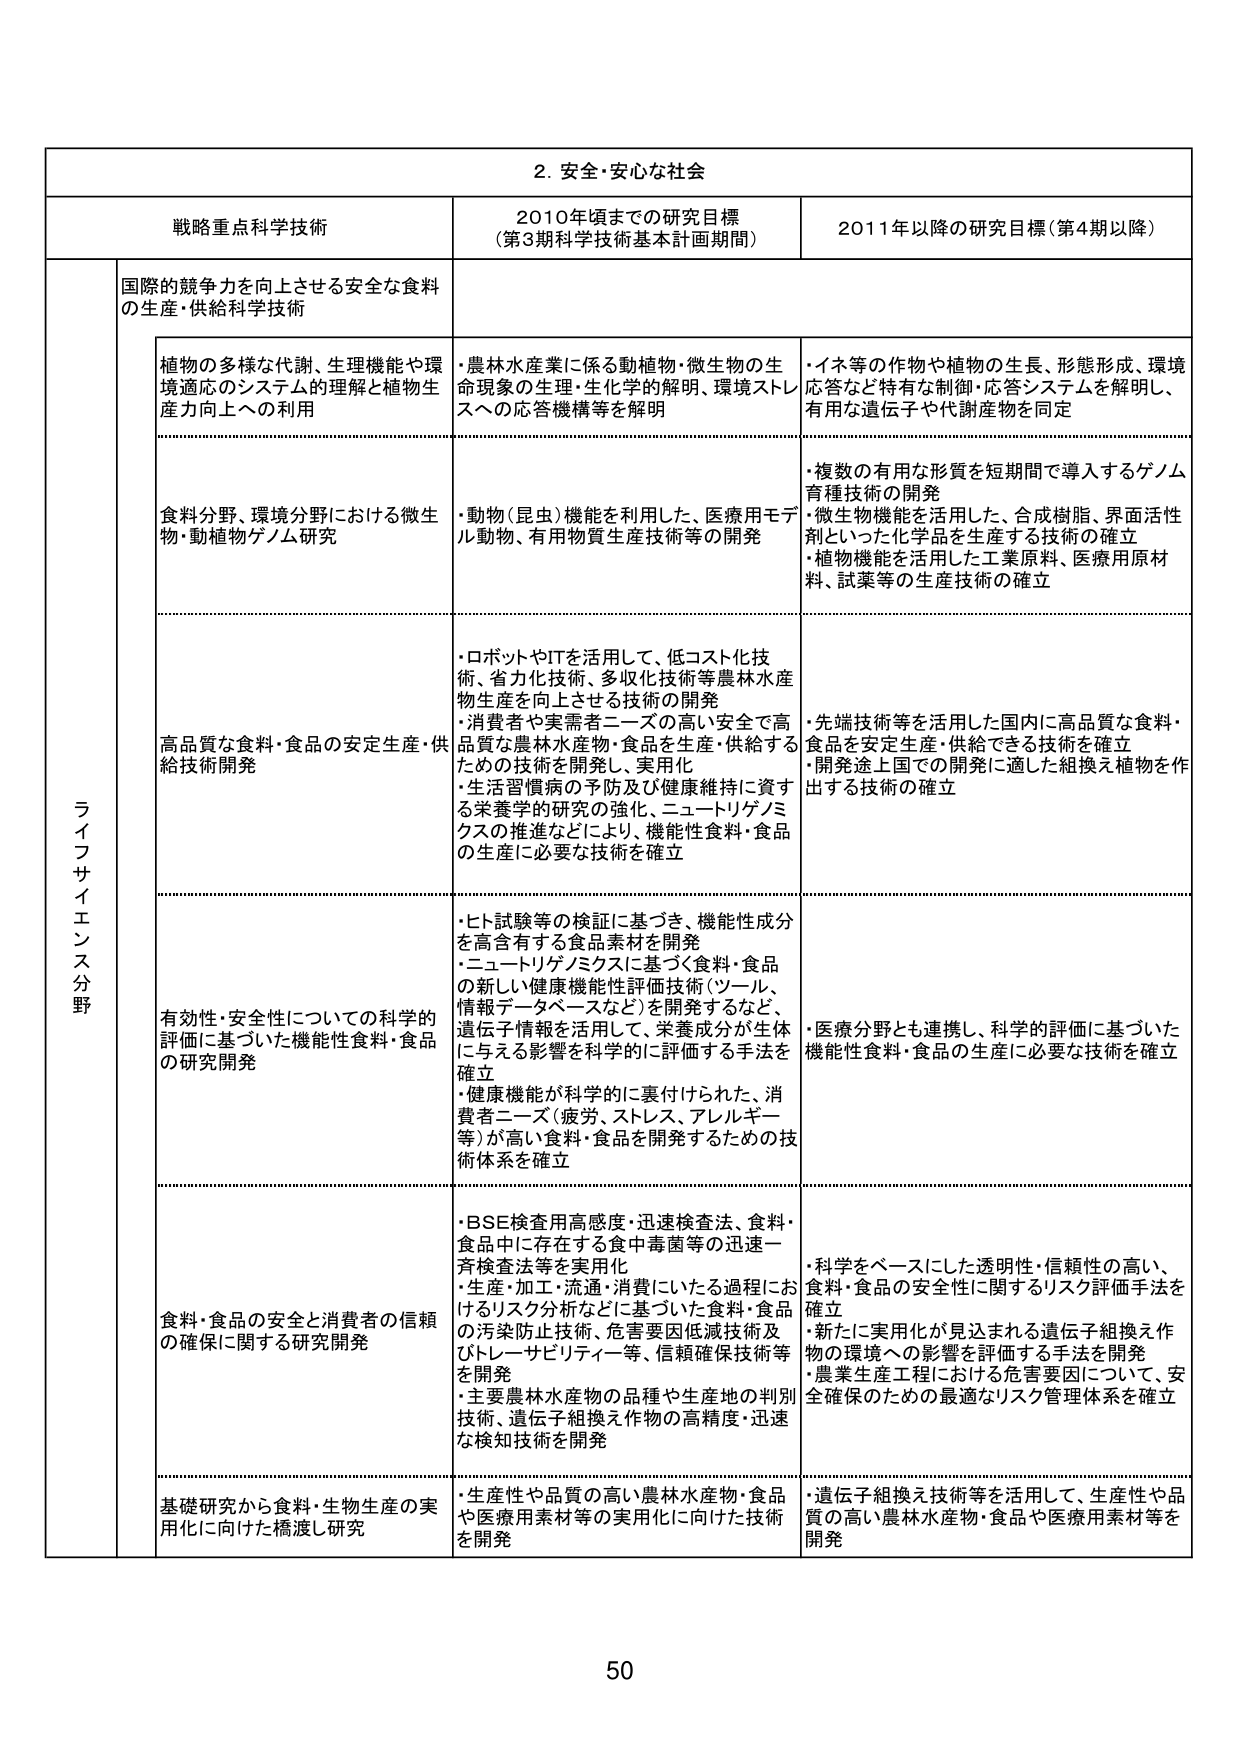
2. 安全・安心な社会

戦略重点科学技術 2010年頃までの研究目標 （第3期科学技術基本計画期間） 2011年以降の研究目標（第4期以降）

ライフサイエンス分野

国際的競争力を向上させる安全な食料の生産・供給科学技術

植物の多様な代謝、生理機能や環境適応のシステム的理解と植物生産力向上への利用
・農林水産業に係る動植物・微生物の生命現象の生理・生化学的解明、環境ストレスへの応答機構等を解明
・イネ等の作物や植物の生長、形態形成、環境応答など特有な制御・応答システムを解明し、有用な遺伝子や代謝産物を同定

食料分野、環境分野における微生物・動植物ゲノム研究
・動物（昆虫）機能を利用した、医療用モデル動物、有用物質生産技術等の開発
・複数の有用な形質を短期間で導入するゲノム育種技術の開発
・微生物機能を活用した、合成樹脂、界面活性剤といった化学品を生産する技術の確立
・植物機能を活用した工業原料、医療用原材料、試薬等の生産技術の確立

高品質な食料・食品の安定生産・供給技術開発
・ロボットやITを活用して、低コスト化技術、省力化技術、多収化技術等農林水産物生産を向上させる技術の開発
・消費者や実需者ニーズの高い安全で高品質な農林水産物・食品を生産・供給するための技術を開発し、実用化
・生活習慣病の予防及び健康維持に資する栄養学的研究の強化、ニュートリゲノミクスの推進などにより、機能性食料・食品の生産に必要な技術を確立
・先端技術等を活用した国内に高品質な食料・食品を安定生産・供給できる技術を確立
・開発途上国での開発に適した組換え植物を作出する技術の確立

有効性・安全性についての科学的評価に基づいた機能性食料・食品の研究開発
・ヒト試験等の検証に基づき、機能性成分を高含有する食品素材を開発
・ニュートリゲノミクスに基づく食料・食品の新しい健康機能性評価技術（ツール、情報データベースなど）を開発するなど、遺伝子情報を活用して、栄養成分が生体に与える影響を科学的に評価する手法を確立
・健康機能が科学的に裏付けられた、消費者ニーズ（疲労、ストレス、アレルギー等）が高い食料・食品を開発するための技術体系を確立
・医療分野とも連携し、科学的評価に基づいた機能性食料・食品の生産に必要な技術を確立

食料・食品の安全と消費者の信頼の確保に関する研究開発
・BSE検査用高感度・迅速検査法、食料・食品中に存在する食中毒菌等の迅速一斉検査法等を実用化
・生産・加工・流通・消費にいたる過程におけるリスク分析などに基づいた食料・食品の汚染防止技術、危害要因低減技術及びトレーサビリティ等、信頼確保技術等を開発
・主要農林水産物の品種や生産地の判別技術、遺伝子組換え作物の高精度・迅速な検知技術を開発
・科学をベースにした透明性・信頼性の高い、食料・食品の安全性に関するリスク評価手法を確立
・新たに実用化が見込まれる遺伝子組換え作物の環境への影響を評価する手法を開発
・農業生産工程における危害要因について、安全確保のための最適なリスク管理体制を確立

基礎研究から食料・生物生産の実用化に向けた橋渡し研究
・生産性や品質の高い農林水産物・食品や医療用素材等の実用化に向けた技術を開発
・遺伝子組換え技術等を活用して、生産性や品質の高い農林水産物・食品や医療用素材等を開発

50